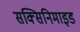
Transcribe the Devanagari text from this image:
सक्सिनिमाइड